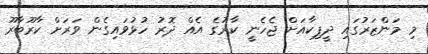
މި މަންޒަރުގައި ދީޕިކާއަށް ޖެހެނީ ކާރުގެ އެއް ދޮރު ހުޅުވައިގެން ވަރަށް ކާރޫބާރޫ